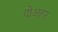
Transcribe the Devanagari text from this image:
दोअहर